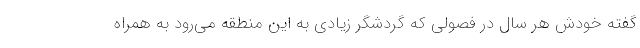
گفته خودش هر سال در فصولی که گردشگر زیادی به این منطقه می‌رود به همراه